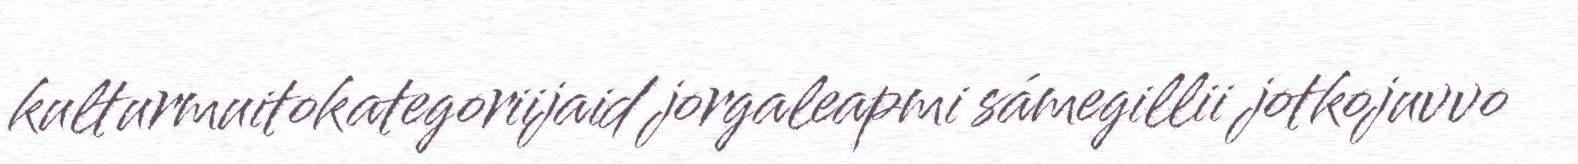
kulturmuitokategoriijaid jorgaleapmi sámegillii jotkojuvvo